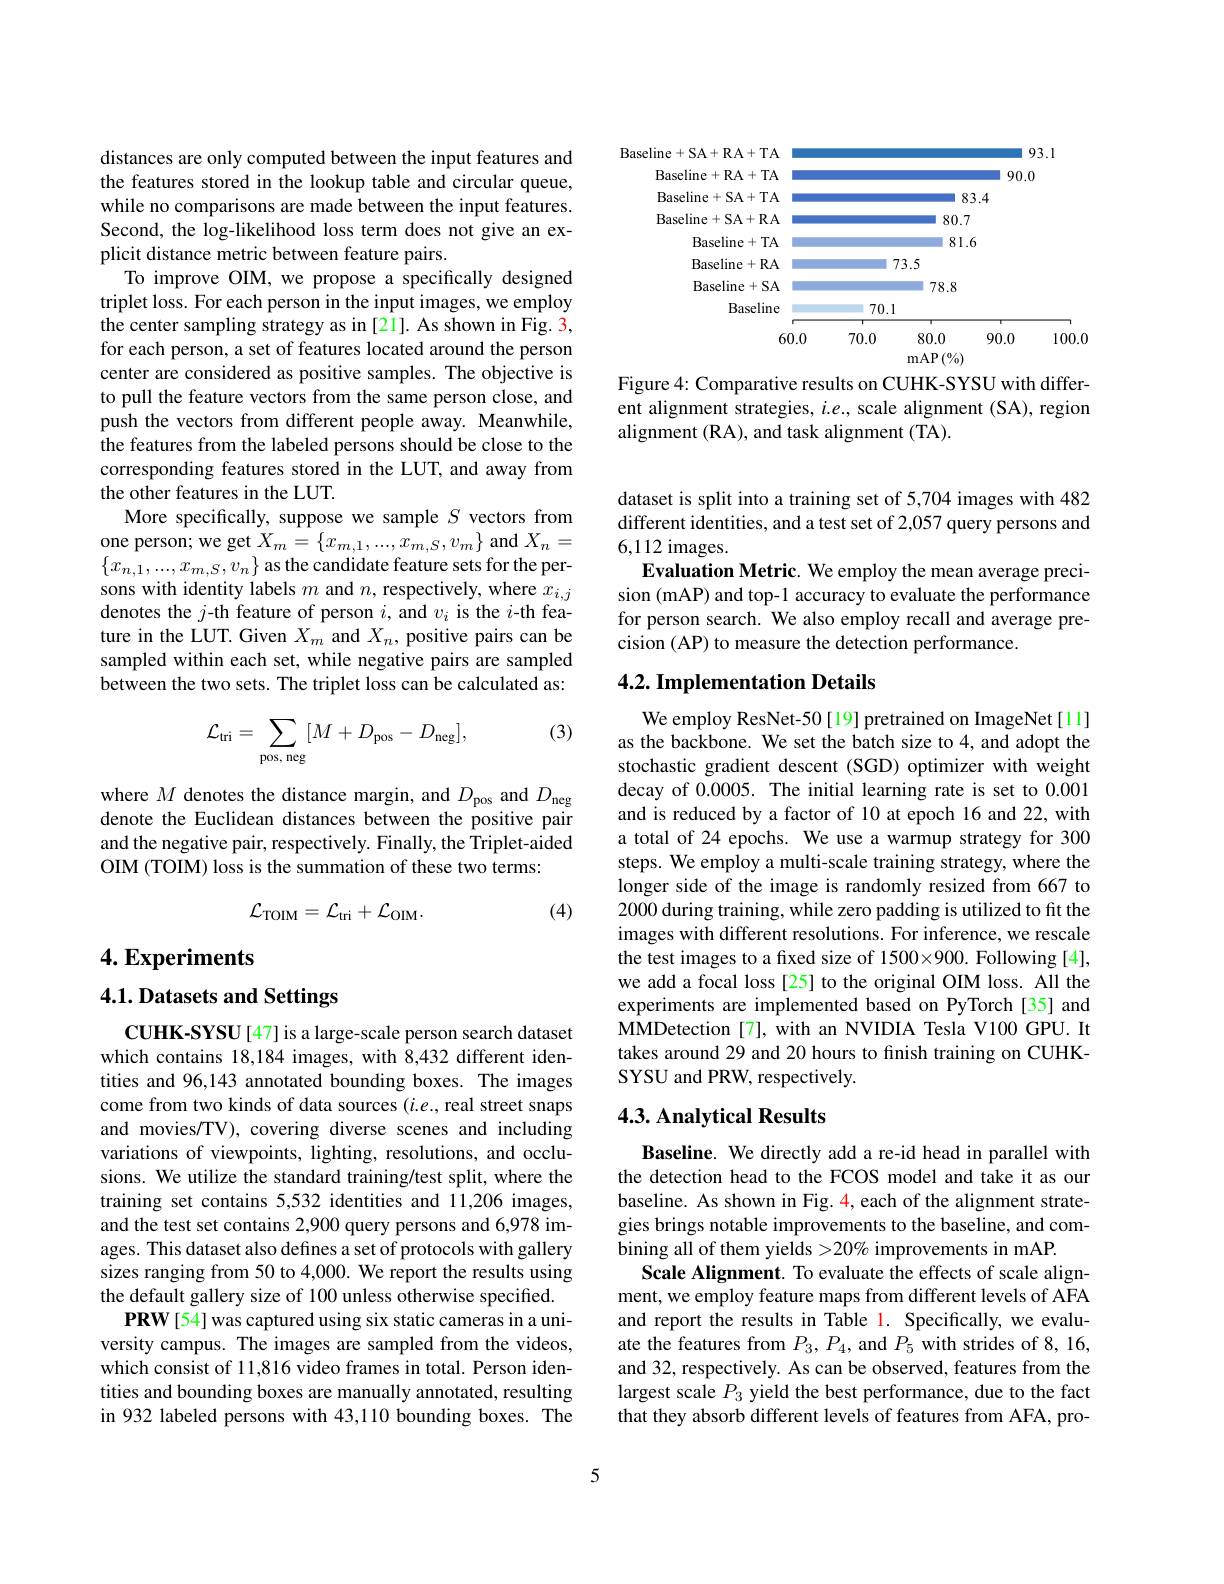
<FigureHere>

Figure 4: Comparative results on CUHK-SYSU with different alignment strategies, $i.e.$, scale alignment (SA), region alignment (RA), and task alignment (TA).

distances are only computed between the input features and the features stored in the lookup table and circular queue, while no comparisons are made between the input features. Second, the log-likelihood loss term does not give an explicit distance metric between feature pairs.
To improve OIM, we propose a specifically designed triplet loss. For each person in the input images, we employ the center sampling strategy as in [21]. As shown in Fig. 3, for each person, a set of features located around the person center are considered as positive samples. The objective is to pull the feature vectors from the same person close, and push the vectors from different people away. Meanwhile, the features from the labeled persons should be close to the corresponding features stored in the LUT, and away from the other features in the LUT.
More specifically, suppose we sample $S$ vectors from one person; we get $X_m=\{x_{m,1},...,x_{m,S},v_{m}\}$ and $X_n=$ $\{x_{n,1},...,x_{m,S},v_{n}\}$ as the candidate feature sets for the persons with identity labels $m$ and $n$, respectively, where $x_i,j$ denotes the $j$-th feature of person $i$, and $v_i$ is the $i$-th feature in the LUT. Given $X_m$ and $X_n$, positive pairs can be sampled within each set, while negative pairs are sampled between the two sets. The triplet loss can be calculated as:

(3)
$$\mathcal{L}_{\mathrm{tri}}=\sum_{\mathrm{pos,~neg}}[M+D_{\mathrm{pos}}-D_{\mathrm{neg}}],$$
where $M$ denotes the distance margin, and $D_\mathrm{pos}$ and $D_\mathrm{neg}$ denote the Euclidean distances between the positive pair and the negative pair, respectively. Finally, the Triplet-aided OIM (TOIM) loss is the summation of these two terms:
$$\mathcal{L}_{\mathrm{TOIM}}=\mathcal{L}_{\mathrm{tri}}+\mathcal{L}_{\mathrm{OIM}}.$$
(4)

$4. \textbf{Experiments}$

## 4.1. Datasets and Settings

CUHK-SYSU[47] is a large-scale person search dataset which contains 18,184 images, with 8,432 different identities and 96,143 annotated bounding boxes. The images come from two kinds of data sources $(i.e.$, real street snaps and movies/TV), covering diverse scenes and including variations of viewpoints, lighting, resolutions, and occlusions. We utilize the standard training/test split, where the training set contains 5,532 identities and 11,206 images, and the test set contains 2,900 query persons and 6,978 images. This dataset also defines a set of protocols with gallery sizes ranging from 50 to 4,000. We report the results using the default gallery size of 100 unless otherwise specified.
PRW[54] was captured using six static cameras in a university campus. The images are sampled from the videos, which consist of 11,816 video frames in total. Person identities and bounding boxes are manually annotated, resulting in 932 labeled persons with 43,110 bounding boxes. The

dataset is split into a training set of 5,704 images with 482 different identities, and a test set of 2,057 query persons and 6,112 images.
Evaluation Metric. We employ the mean average precision (mAP) and top-1 accuracy to evaluate the performance for person search. We also employ recall and average precision (AP) to measure the detection performance.

## 4.2. Implementation Details

We employ ResNet-50[19] pretrained on ImageNet[11] as the backbone. We set the batch size to 4, and adopt the stochastic gradient descent (SGD) optimizer with weight decay of 0.0005. The initial learning rate is set to 0.001 and is reduced by a factor of 10 at epoch 16 and 22, with a total of 24 epochs. We use a warmup strategy for 300 steps. We employ a multi-scale training strategy, where the longer side of the image is randomly resized from 667 to 2000 during training, while zero padding is utilized to fit the images with different resolutions. For inference, we rescale the test images to a fixed size of 1500×900. Following [4], we add a focal loss [25] to the original OIM loss. All the experiments are implemented based on PyTorch[35] and MMDetection [7], with an NVIDIA Tesla V100 GPU. It takes around 29 and 20 hours to finish training on CUHKSYSU and PRW, respectively.

## $4. 3. \textbf{ Analytical Results}$

Baseline. We directly add a re-id head in parallel with the detection head to the FCOS model and take it as our baseline. As shown in Fig. 4, each of the alignment strategies brings notable improvements to the baseline, and combining all of them yields >20% improvements in mAP.
Scale Alignment. To evaluate the effects of scale alignment, we employ feature maps from different levels of AFA and report the results in Table 1. Specifically, we evaluate the features from $P_3,P_4$, and $P_5$ with strides of 8, 16, and 32, respectively. As can be observed, features from the largest scale $P_3$ yield the best performance, due to the fact that they absorb different levels of features from AFA, pro-

5